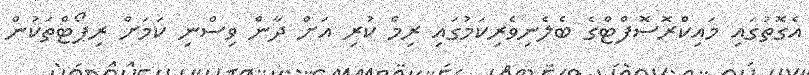
އެގޮތުގައި މައިކްރޮސޮފްޓްގެ ބެލެނިވެރިކަމުގައި ރިމް ކުރި އަށް ދާން ވިސްނި ކަމަށް ރިޕޯޓްތަކުން